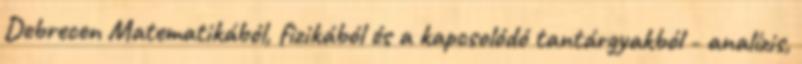
Debrecen Matematikából, fizikából és a kapcsolódó tantárgyakból - analízis,